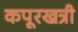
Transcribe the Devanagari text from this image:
कपूरखत्री